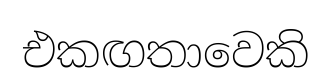
එකඟතාවෙකි